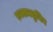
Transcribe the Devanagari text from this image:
एक्सक्लुजिव